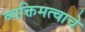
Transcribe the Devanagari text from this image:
व्यक्तिमत्वाचे